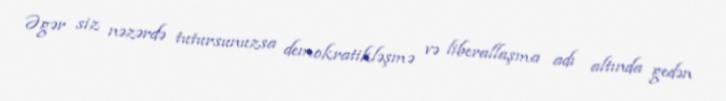
Əgər siz nəzərdə tutursunuzsa demokratikləşmə və liberallaşma adı altında gedən